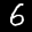
Label: 6